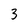
Character: 3